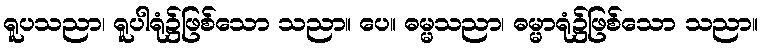
ရူပသညာ၊ ရူပါရုံ၌ဖြစ်သော သညာ။ ပေ။ ဓမ္မသညာ၊ ဓမ္မာရုံ၌ဖြစ်သော သညာ။